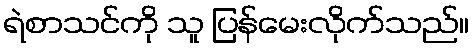
ရဲစာသင်ကို သူ ပြန်မေးလိုက်သည်။